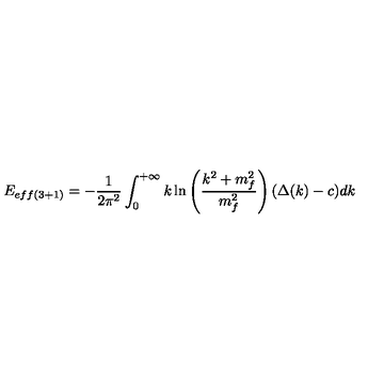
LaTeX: E _ { e f f ( 3 + 1 ) } = - \frac { 1 } { 2 \pi ^ { 2 } } \int _ { 0 } ^ { + \infty } k \ln \left( \frac { k ^ { 2 } + m _ { f } ^ { 2 } } { m _ { f } ^ { 2 } } \right) ( \Delta ( k ) - c ) d k